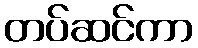
တပ်ဆင်ကာ